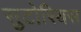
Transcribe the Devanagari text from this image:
सुटोरियस